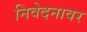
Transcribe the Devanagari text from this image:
निवेदनावर